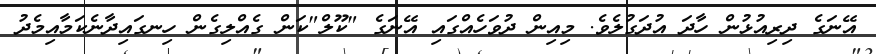
އޭނަގެ ދިރިއުޅުން ހާދަ އުދަގުލެވެ. މިއިން ދުވަހެއްގައި އޭނަގެ "ކޫލް"ކަން ގެއްލިގެން ހިނގައިދާނެކަމާއިމެދު